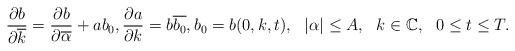
LaTeX: \begin{align*}\frac{\partial b}{\partial \overline{k}} = \frac{\partial b}{\partial \overline{\alpha}}+ab_0, \frac{\partial a}{\partial {k}} = b\overline{b_0}, b_0={b}(0,k,t), ~~|\alpha|\leq A, ~~k\in \mathbb C,~~0\leq t\leq T.\end{align*}